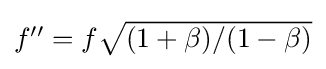
\textstyle f''=f{\sqrt {(1+\beta )/(1-\beta )}}